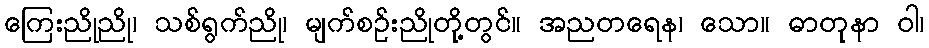
ကြေးညိုညို၊ သစ်ရွက်ညို၊ မျက်စဉ်းညိုတို့တွင်။ အညတရေန၊ သော။ ဓာတုနာ ဝါ၊